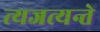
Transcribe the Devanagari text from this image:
त्यजत्यन्ते